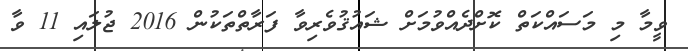
ވީމާ މި މަސައްކަތް ކޮށްދެއްވުމަށް ޝައުޤުވެރިވާ ފަރާތްތަކުން 2016 ޖުލައި 11 ވާ